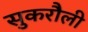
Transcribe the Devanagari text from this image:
सुकरौली